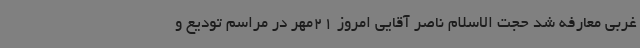
غربی معارفه شد حجت الاسلام ناصر آقایی امروز 21مهر در مراسم تودیع و